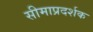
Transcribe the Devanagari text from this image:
सीमाप्रदर्शक